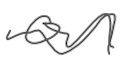
Text: on
Cross-out: wave
Writing tool: digital_gray